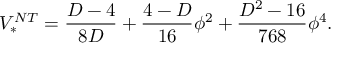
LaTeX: V _ { * } ^ { N T } = \frac { D - 4 } { 8 D } + \frac { 4 - D } { 1 6 } \phi ^ { 2 } + \frac { D ^ { 2 } - 1 6 } { 7 6 8 } \phi ^ { 4 } .